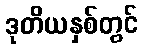
ဒုတိယနှစ်တွင်